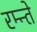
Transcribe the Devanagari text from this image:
रम्न्ते